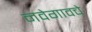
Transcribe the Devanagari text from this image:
नवेगावचे